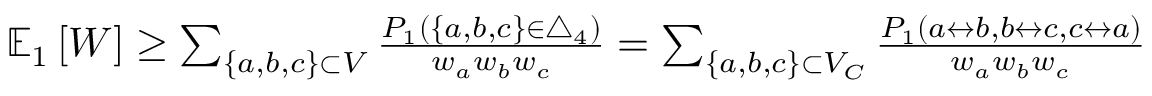
\begin{array} { r } { \mathbb { E } _ { 1 } \left[ W \right] \geq \sum _ { \{ a , b , c \} \subset V } \frac { P _ { 1 } ( \{ a , b , c \} \in \triangle _ { 4 } ) } { w _ { a } w _ { b } w _ { c } } = \sum _ { \{ a , b , c \} \subset V _ { C } } \frac { P _ { 1 } ( a \leftrightarrow b , b \leftrightarrow c , c \leftrightarrow a ) } { w _ { a } w _ { b } w _ { c } } } \end{array}